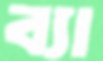
ব্যা